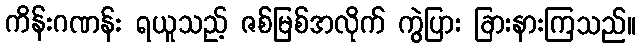
ကိန်းဂဏန်း ရယူသည့် ဇစ်မြစ်အလိုက် ကွဲပြား ခြားနားကြသည်။